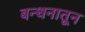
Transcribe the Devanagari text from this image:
बन्धनातून